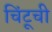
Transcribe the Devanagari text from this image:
चिंटूची